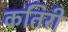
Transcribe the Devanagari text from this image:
कतिरी